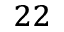
^ { 2 2 }